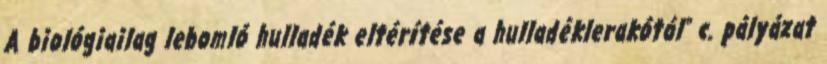
A biológiailag lebomló hulladék eltérítése a hulladéklerakótól" c. pályázat